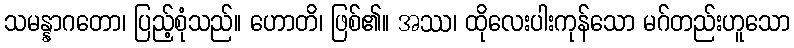
သမန္နာဂတော၊ ပြည့်စုံသည်။ ဟောတိ၊ ဖြစ်၏။ အဿ၊ ထိုလေးပါးကုန်သော မဂ်တည်းဟူသော